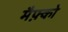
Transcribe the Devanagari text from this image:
मैफ़्को